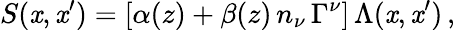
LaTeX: S(\mathit{x},\mathit{x}^{\prime})=[\alpha(z)+\beta(z)\, n_{\nu}\, \Gamma^{\nu}]\, \Lambda(\mathit{x},\mathit{x}^{\prime})\, ,